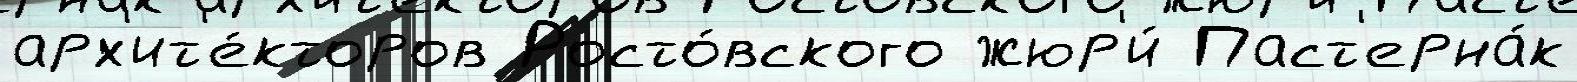
арх'ит'е́кторов Росто́вского жюр'и́ Паст'ерна́к